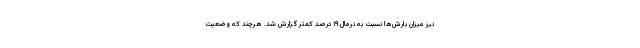
نیز میزان بارش‌ها نسبت به نرمال ۱۹ درصد کمتر گزارش شد. هرچند که وضعیت